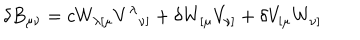
\delta B _ { \mu \nu } = c W _ { \lambda [ \mu } V ^ { \lambda } { } _ { \nu ] } + \delta W _ { [ \mu } V _ { \nu ] } + \delta V _ { [ \mu } W _ { \nu ] }